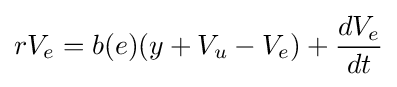
rV_{e}=b(e)(y+V_{u}-V_{e})+{\frac {dV_{e}}{dt}}